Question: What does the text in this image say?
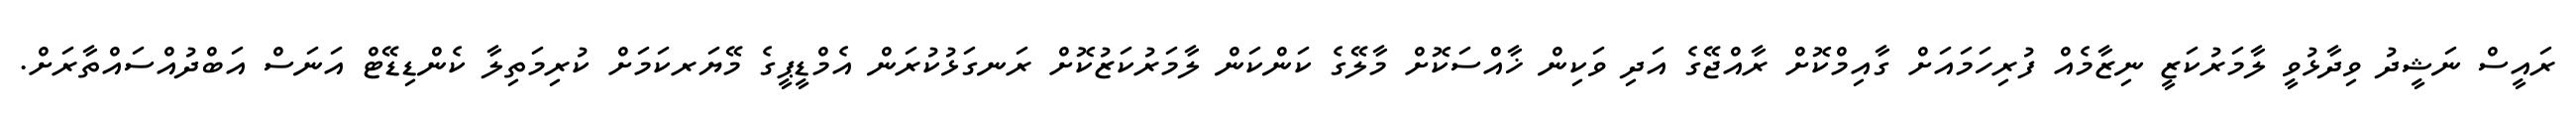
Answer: ރައީސް ނަޝީދު ވިދާޅުވީ ލާމަރުކަޒީ ނިޒާމެއް ފުރިހަމައަށް ގާއިމްކޮށް ރާއްޖޭގެ އަދި ވަކިން ޚާއްސަކޮށް މާލޭގެ ކަންކަން ލާމަރުކަޒުކޮށް ރަނގަޅުކުރަން އެމްޑީޕީގެ މޭޔަރކަމަށް ކުރިމަތިލާ ކެންޑިޑޭޓް އަނަސް އަބްދުއްސައްތާރަށް.